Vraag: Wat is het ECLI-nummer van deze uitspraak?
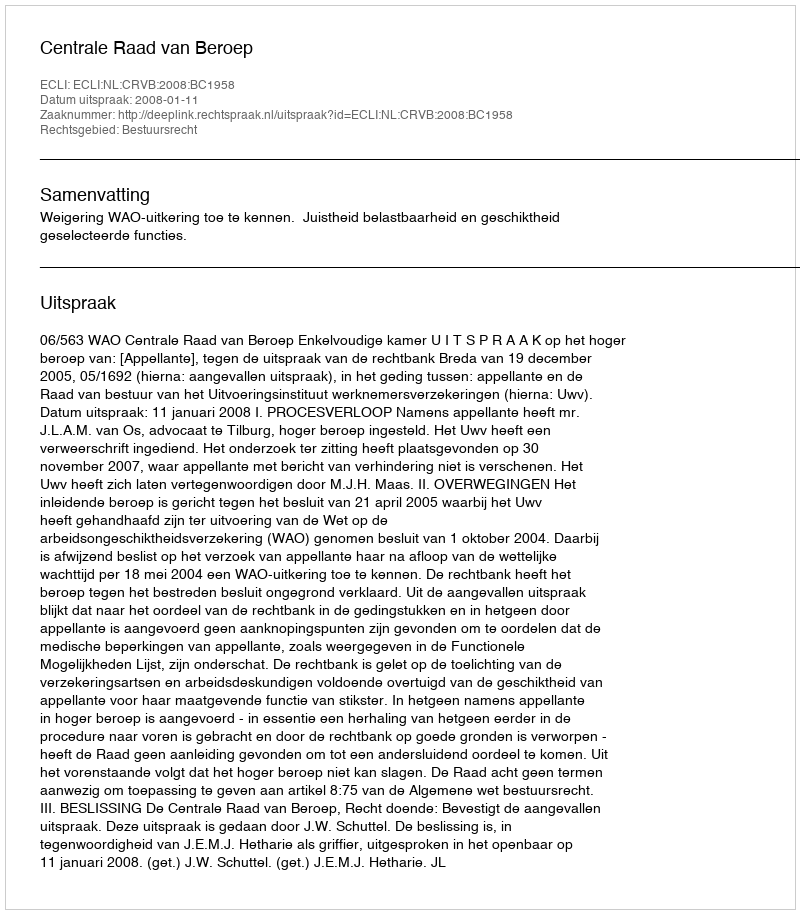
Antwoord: ECLI:NL:CRVB:2008:BC1958